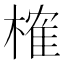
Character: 榷